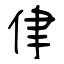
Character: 侓